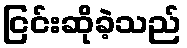
ငြင်းဆိုခဲ့သည်